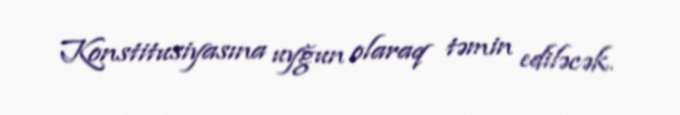
Konstitusiyasına uyğun olaraq təmin ediləcək.